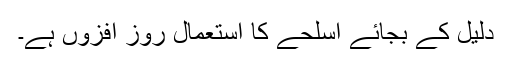
دلیل کے بجائے اسلحے کا استعمال روز افزوں ہے۔